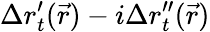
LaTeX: \Delta r_{t}^{\prime}(\vec{r})-i\Delta r_{t}^{\prime\prime}(\vec{r})